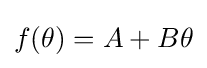
f(\theta )=A+B\theta